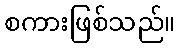
စကားဖြစ်သည်။